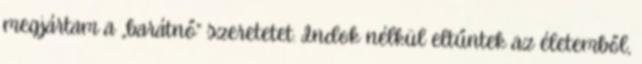
megjártam a „barátnő” szeretetet. Indok nélkül eltűntek az életemből,